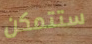
ستتمكن